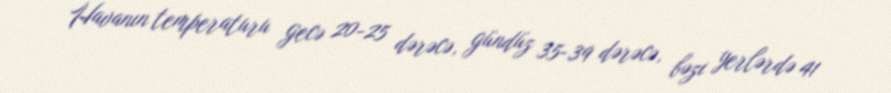
Havanın temperaturu gecə 20-25 dərəcə, gündüz 35-39 dərəcə, bəzi yerlərdə 41